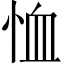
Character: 恤